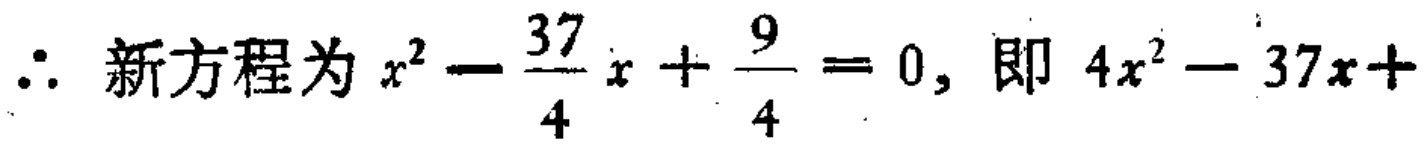
\(\therefore\) 新方程为 \(x^{2}-\frac{37}{4}x + \frac{9}{4}=0\), 即 \(4x^{2}-37x+\)